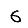
Digit: 6